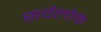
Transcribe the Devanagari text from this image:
सर्वलोकं